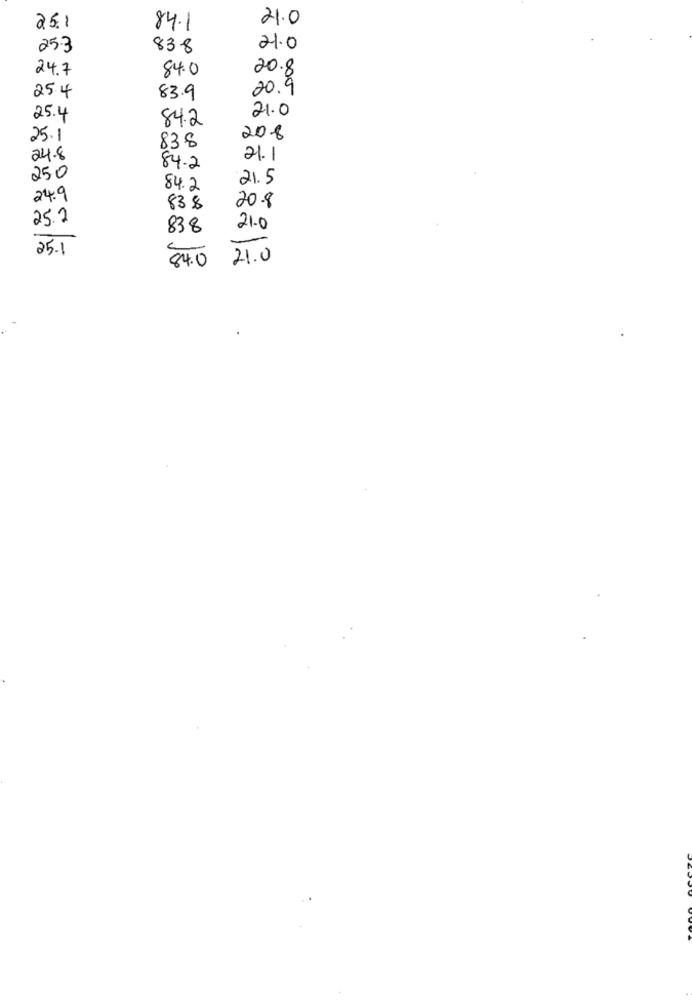
-
21.0
0
25.1
84.1
25.3
838
21.0
24.7
84.0
25.4
83.9
0 000
O
25.4
84.2
882
25.1
208
838
24.8
21.1
-
84.2
250
21.5
84.2
24.9
83 $
20.8
25.2
838
21.0
25.5
2.0
84 . 0